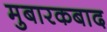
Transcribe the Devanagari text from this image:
मुबारकबाद